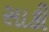
સાકી